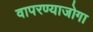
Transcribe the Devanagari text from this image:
वापरण्याजोगा